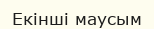
Екінші маусым